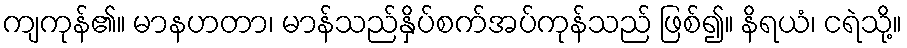
ကျကုန်၏။ မာနဟတာ၊ မာန်သည်နှိပ်စက်အပ်ကုန်သည် ဖြစ်၍။ နိရယံ၊ ငရဲသို့။